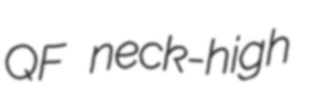
QF neck-high